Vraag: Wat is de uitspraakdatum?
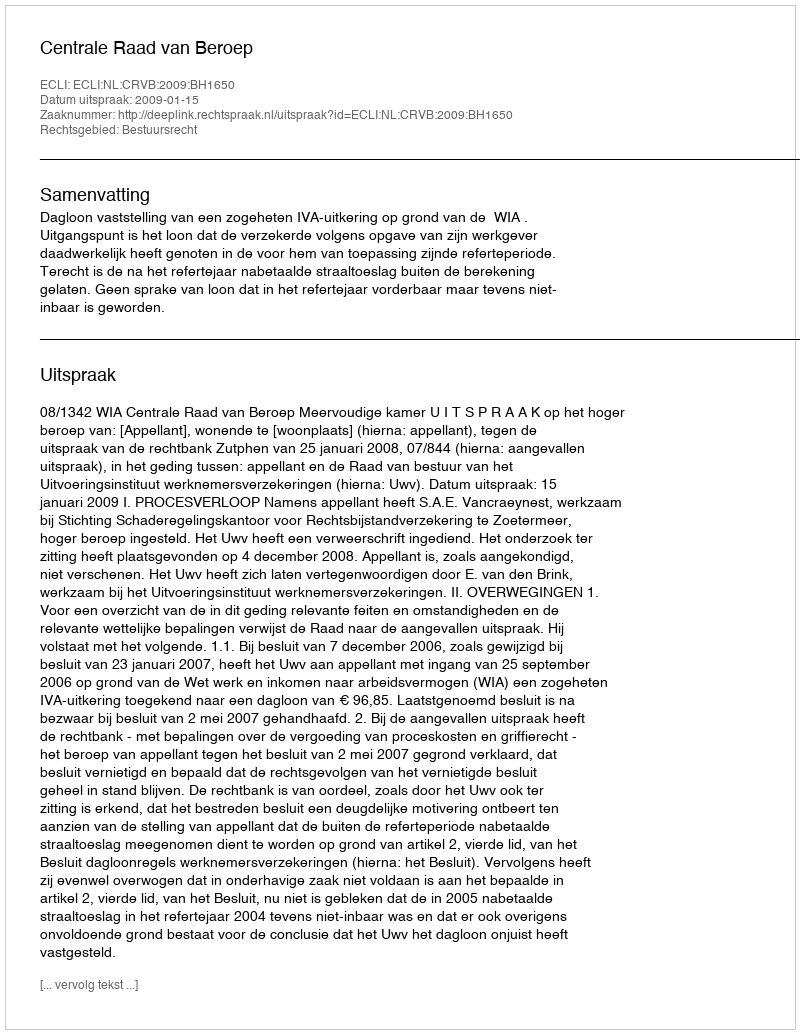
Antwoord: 2009-01-15